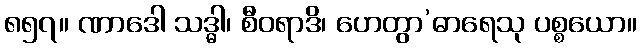
၈၅၇။ ဏာဒေါ သဒ္ဓါ၊ စီဝရာဒိ၊ ဟေတွာ’ဓာရေသု ပစ္စယော။